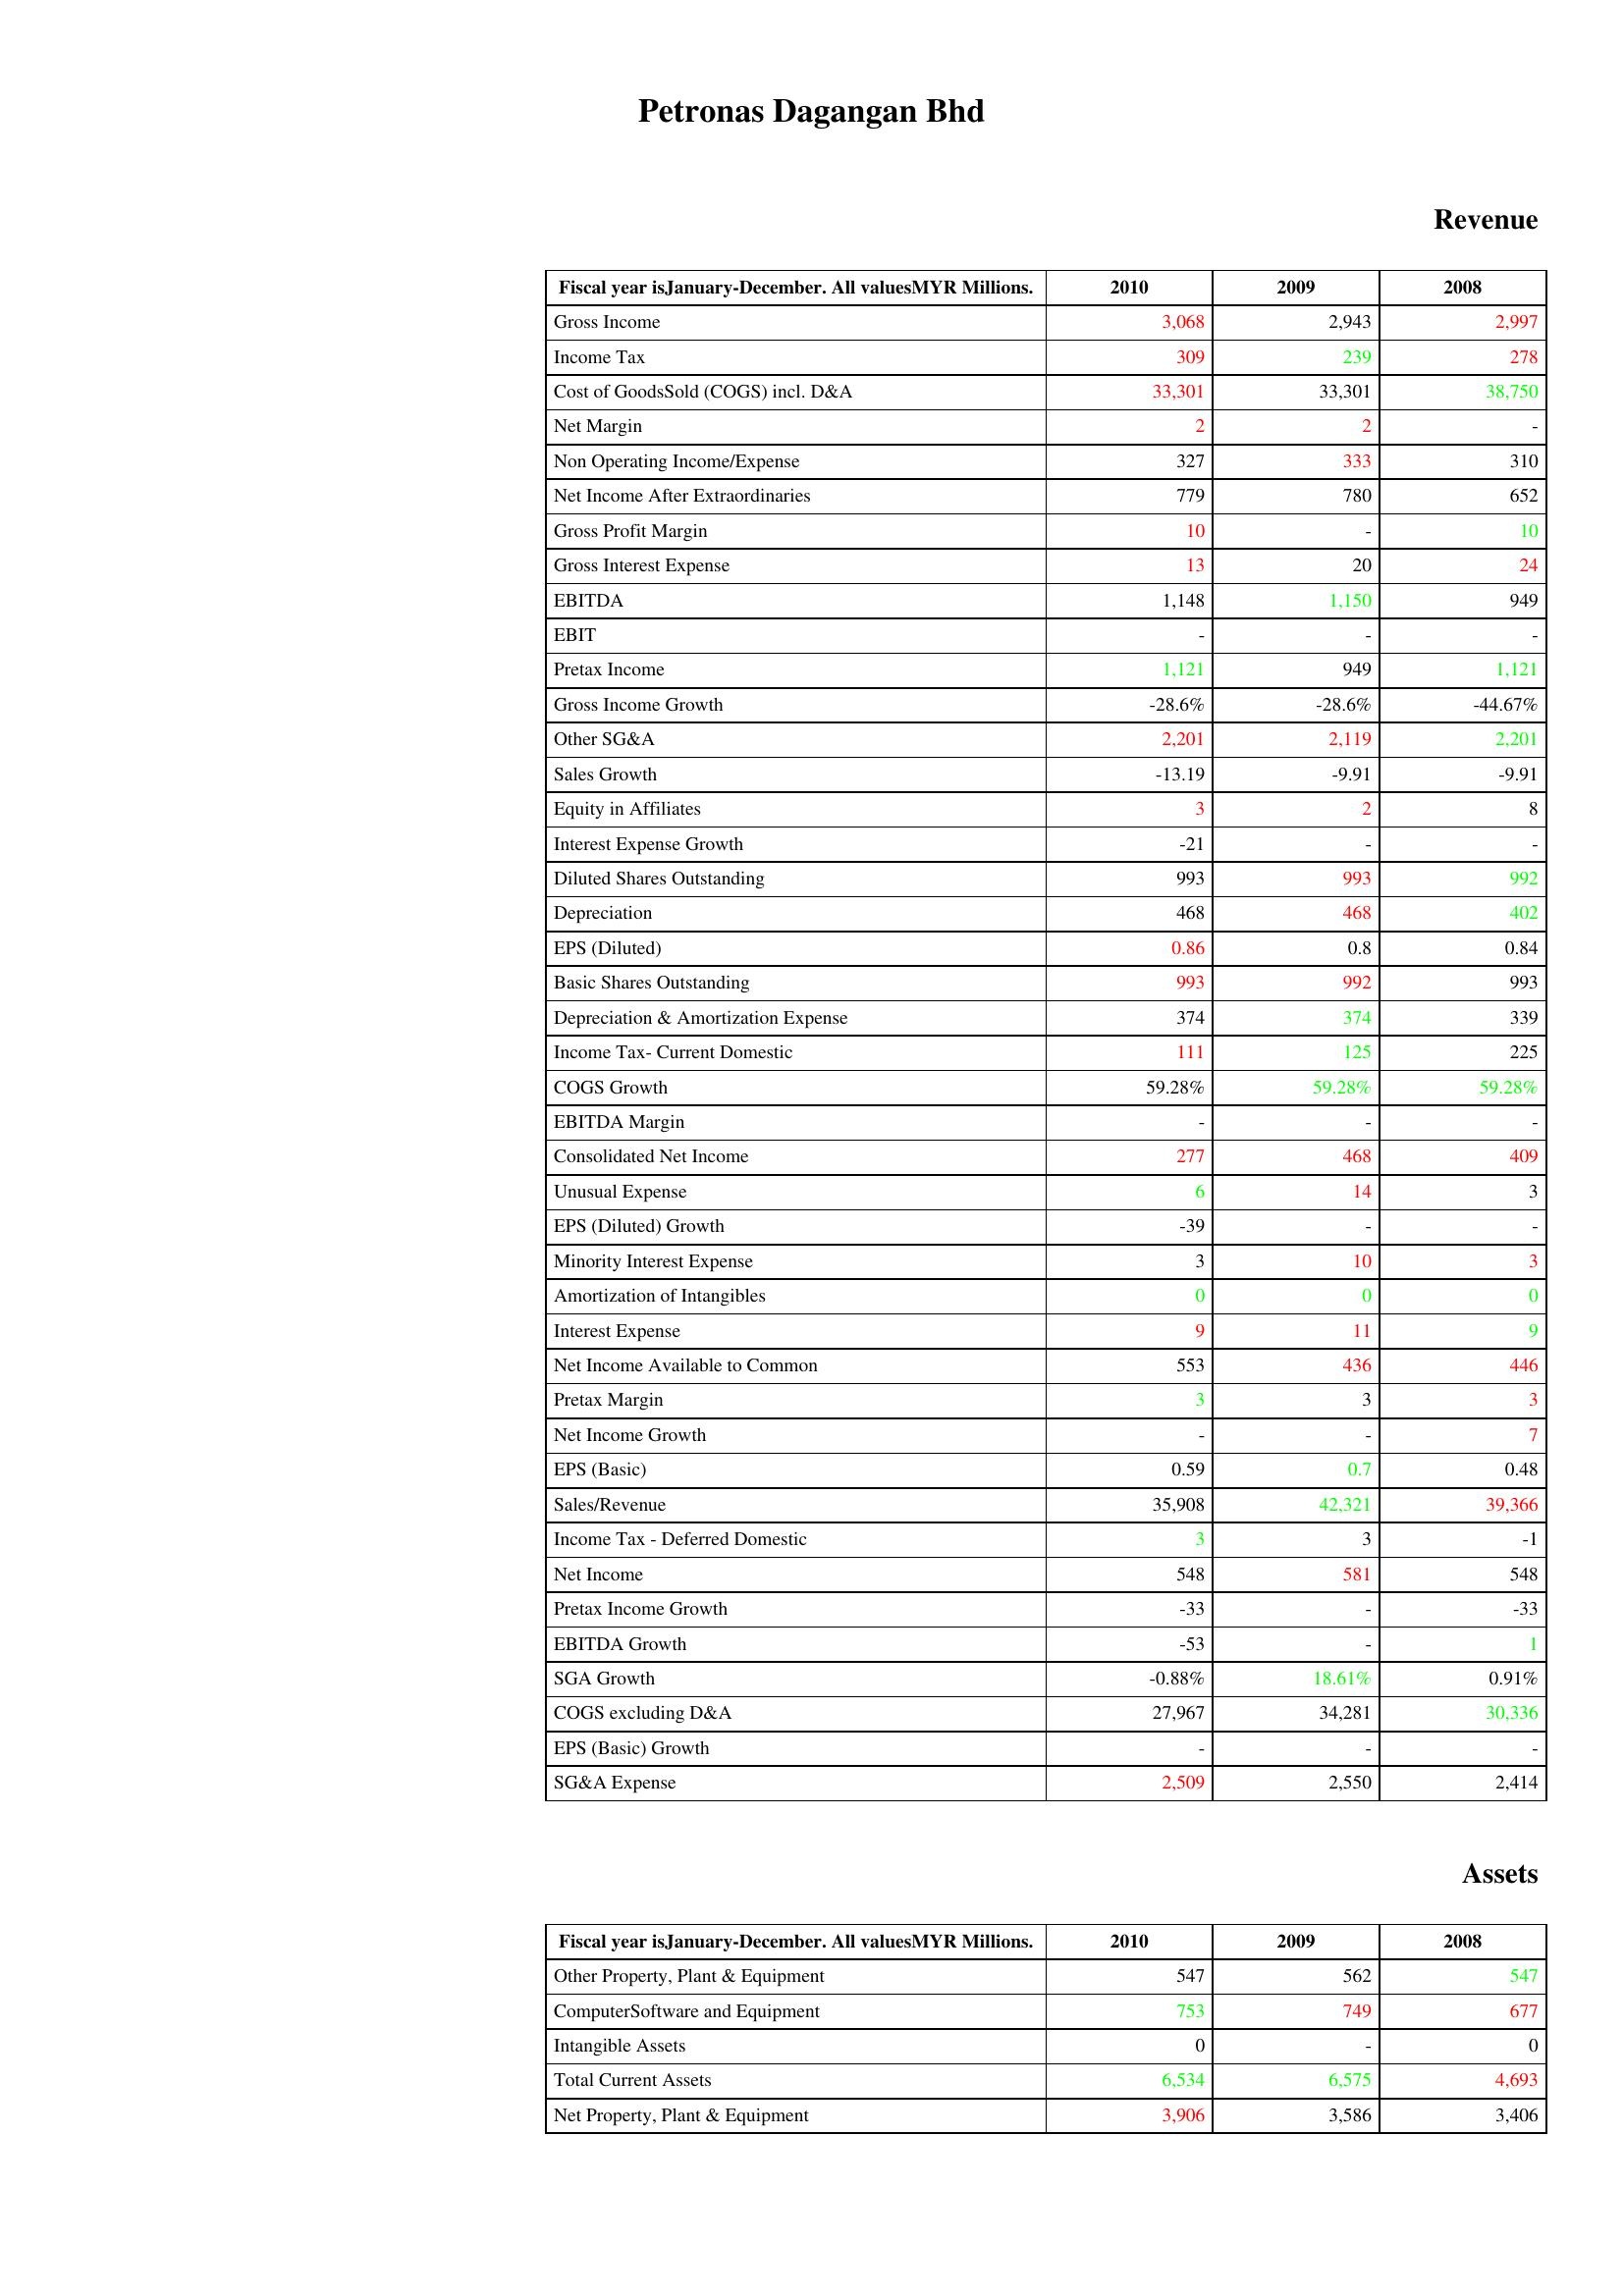
gt_parse: 2010: Revenue: Gross Income: 3,068
Income Tax: 309
Cost of GoodsSold (COGS) incl. D&A: 33,301
Net Margin: 2
Non Operating Income/Expense: 327
Net Income After Extraordinaries: 779
Gross Profit Margin: 10
Gross Interest Expense: 13
EBITDA: 1,148
EBIT: -
Pretax Income: 1,121
Gross Income Growth: -28.6%
Other SG&A: 2,201
Sales Growth: -13.19
Equity in Affiliates: 3
Interest Expense Growth: -21
Diluted Shares Outstanding: 993
Depreciation: 468
EPS (Diluted): 0.86
Basic Shares Outstanding: 993
Depreciation & Amortization Expense: 374
Income Tax- Current Domestic: 111
COGS Growth: 59.28%
EBITDA Margin: -
Consolidated Net Income: 277
Unusual Expense: 6
EPS (Diluted) Growth: -39
Minority Interest Expense: 3
Amortization of Intangibles: 0
Interest Expense: 9
Net Income Available to Common: 553
Pretax Margin: 3
Net Income Growth: -
EPS (Basic): 0.59
Sales/Revenue: 35,908
Income Tax - Deferred Domestic: 3
Net Income: 548
Pretax Income Growth: -33
EBITDA Growth: -53
SGA Growth: -0.88%
COGS excluding D&A: 27,967
EPS (Basic) Growth: -
SG&A Expense: 2,509
Assets: Other Property, Plant & Equipment: 547
ComputerSoftware and Equipment: 753
Intangible Assets: 0
Total Current Assets: 6,534
Net Property, Plant & Equipment: 3,906
2009: Revenue: Gross Income: 2,943
Income Tax: 239
Cost of GoodsSold (COGS) incl. D&A: 33,301
Net Margin: 2
Non Operating Income/Expense: 333
Net Income After Extraordinaries: 780
Gross Profit Margin: -
Gross Interest Expense: 20
EBITDA: 1,150
EBIT: -
Pretax Income: 949
Gross Income Growth: -28.6%
Other SG&A: 2,119
Sales Growth: -9.91
Equity in Affiliates: 2
Interest Expense Growth: -
Diluted Shares Outstanding: 993
Depreciation: 468
EPS (Diluted): 0.8
Basic Shares Outstanding: 992
Depreciation & Amortization Expense: 374
Income Tax- Current Domestic: 125
COGS Growth: 59.28%
EBITDA Margin: -
Consolidated Net Income: 468
Unusual Expense: 14
EPS (Diluted) Growth: -
Minority Interest Expense: 10
Amortization of Intangibles: 0
Interest Expense: 11
Net Income Available to Common: 436
Pretax Margin: 3
Net Income Growth: -
EPS (Basic): 0.7
Sales/Revenue: 42,321
Income Tax - Deferred Domestic: 3
Net Income: 581
Pretax Income Growth: -
EBITDA Growth: -
SGA Growth: 18.61%
COGS excluding D&A: 34,281
EPS (Basic) Growth: -
SG&A Expense: 2,550
Assets: Other Property, Plant & Equipment: 562
ComputerSoftware and Equipment: 749
Intangible Assets: -
Total Current Assets: 6,575
Net Property, Plant & Equipment: 3,586
2008: Revenue: Gross Income: 2,997
Income Tax: 278
Cost of GoodsSold (COGS) incl. D&A: 38,750
Net Margin: -
Non Operating Income/Expense: 310
Net Income After Extraordinaries: 652
Gross Profit Margin: 10
Gross Interest Expense: 24
EBITDA: 949
EBIT: -
Pretax Income: 1,121
Gross Income Growth: -44.67%
Other SG&A: 2,201
Sales Growth: -9.91
Equity in Affiliates: 8
Interest Expense Growth: -
Diluted Shares Outstanding: 992
Depreciation: 402
EPS (Diluted): 0.84
Basic Shares Outstanding: 993
Depreciation & Amortization Expense: 339
Income Tax- Current Domestic: 225
COGS Growth: 59.28%
EBITDA Margin: -
Consolidated Net Income: 409
Unusual Expense: 3
EPS (Diluted) Growth: -
Minority Interest Expense: 3
Amortization of Intangibles: 0
Interest Expense: 9
Net Income Available to Common: 446
Pretax Margin: 3
Net Income Growth: 7
EPS (Basic): 0.48
Sales/Revenue: 39,366
Income Tax - Deferred Domestic: -1
Net Income: 548
Pretax Income Growth: -33
EBITDA Growth: 1
SGA Growth: 0.91%
COGS excluding D&A: 30,336
EPS (Basic) Growth: -
SG&A Expense: 2,414
Assets: Other Property, Plant & Equipment: 547
ComputerSoftware and Equipment: 677
Intangible Assets: 0
Total Current Assets: 4,693
Net Property, Plant & Equipment: 3,406